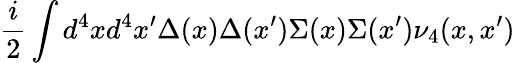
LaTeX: \frac{i}{2}\int d^{4}xd^{4}x^{\prime}\Delta(x)\Delta(x^{\prime})\Sigma(x)\Sigma(x^{\prime})\nu_{4}(x,x^{\prime})